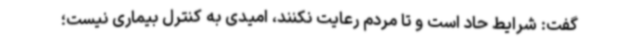
گفت: شرایط حاد است و تا مردم رعایت نکنند، امیدی به کنترل بیماری نیست؛